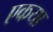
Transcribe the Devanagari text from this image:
एकया